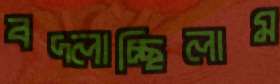
বদ্‌লাচ্ছিলাম